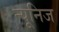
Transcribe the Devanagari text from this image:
न्यूनिज